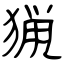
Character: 猟